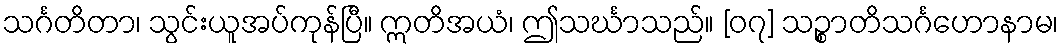
သင်္ဂတိတာ၊ သွင်းယူအပ်ကုန်ပြီ။ ဣတိအယံ၊ ဤသင်္ဃာသည်။ [၀၇] သဉ္စာတိသင်္ဂဟောနာမ၊